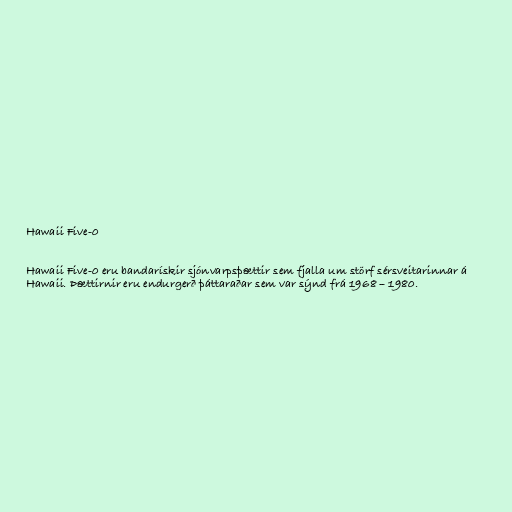
Hawaii Five-0

Hawaii Five-0 eru bandarískir sjónvarpsþættir sem fjalla um störf sérsveitarinnar á
Hawaii. Þættirnir eru endurgerð þáttaraðar sem var sýnd frá 1968 – 1980.